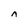
Character: n